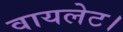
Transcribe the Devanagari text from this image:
वायलेट।